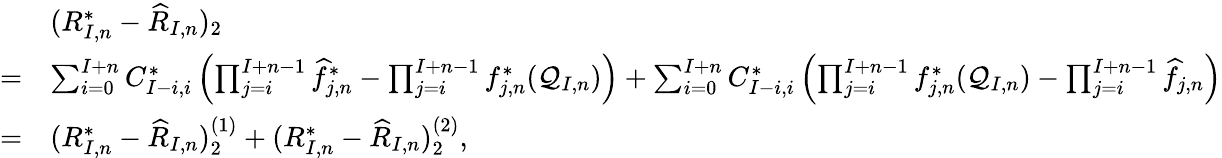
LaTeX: \begin{array}{rl}&{(R_{I,n}^{*}-\widehat{R}_{I,n})_{2}}\\ {=}&{\sum_{i=0}^{I+n}C_{I-i,i}^{*}\left(\prod_{j=i}^{I+n-1}\widehat f_{j,n}^{*}-\prod_{j=i}^{I+n-1}f_{j,n}^{*}(\mathcal{Q}_{I,n})\right)+\sum_{i=0}^{I+n}C_{I-i,i}^{*}\left(\prod_{j=i}^{I+n-1}f_{j,n}^{*}(\mathcal{Q}_{I,n})-\prod_{j=i}^{I+n-1}\widehat{f}_{j,n}\right)}\\ {=}&{(R_{I,n}^{*}-\widehat{R}_{I,n})_{2}^{(1)}+(R_{I,n}^{*}-\widehat{R}_{I,n})_{2}^{(2)},}\end{array}